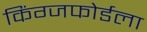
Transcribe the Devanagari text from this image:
किंग्जफोर्डला